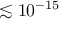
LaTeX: \lesssim 1 0 ^ { - 1 5 }